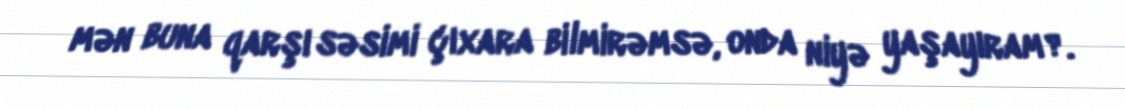
mən buna qarşı səsimi çıxara bilmirəmsə, onda niyə yaşayıram?.